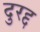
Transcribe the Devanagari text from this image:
दुरद्द